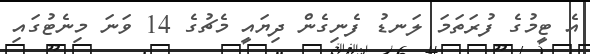
އެ ޓީމުގެ ފުރަތަމަ ލަނޑު ފެނިގެން ދިޔައީ މެޗުގެ 14 ވަނަ މިނެޓުގައި